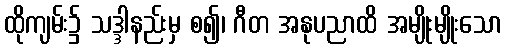
ထိုကျမ်း၌ သဒ္ဒါနည်းမှ စ၍၊ ဂီတ အနုပညာထိ အမျိုးမျိုးသော